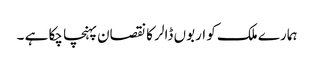
ہمارے ملک کو اربوں ڈالر کا نقصان پہنچا چکا ہے ۔